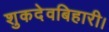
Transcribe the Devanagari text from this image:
शुकदेवबिहारी।